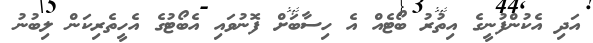
އަދި އެކުންފުނީގެ އިތުރު ބޯޓެއް އެ ހިސާބަށް ފޮނުވައި އެބޯޓުގެ އެހީތެރިކަން ލިބުނު